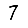
Digit: 7